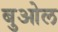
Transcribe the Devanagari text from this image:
बुओल